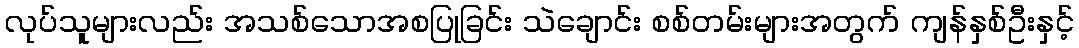
လုပ်သူများလည်း အသစ်သောအစပြုခြင်း သဲချောင်း စစ်တမ်းများအတွက် ကျန်နှစ်ဦးနှင့်